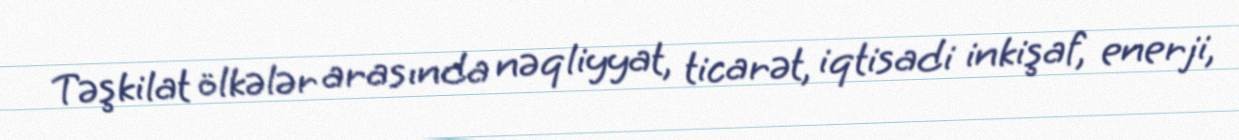
Təşkilat ölkələr arasında nəqliyyat, ticarət, iqtisadi inkişaf, enerji,